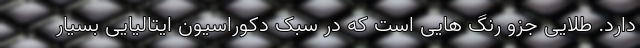
دارد. طلایی جزو رنگ هایی است که در سبک دکوراسیون ایتالیایی بسیار